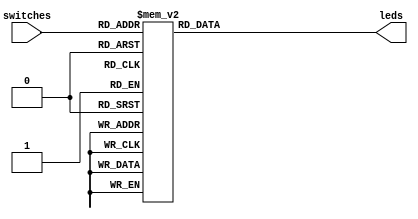
`timescale 1ns / 1ps
//////////////////////////////////////////////////////////////////////////////////
// Company: 
// Engineer: 
// 
// Design Name: 
// Module Name: swt2led
// Project Name: 
// Target Devices: 
// Tool Versions: 
// Description: 
// 
// Dependencies: 
// 
// Revision:
// Revision 0.01 - File Created
// Additional Comments:
// 
//////////////////////////////////////////////////////////////////////////////////

module swt2led(
    output reg [3:0]leds,
    input [3:0] switches
);
    always @(*)
        begin
            case(switches)
                4'b0000 : leds = 4'b0000; //"0"
                4'b0001 : leds = 4'b0001; //"1"
                4'b0010 : leds = 4'b0010; //"2"
                4'b0011 : leds = 4'b0011; //"3"
                4'b0100 : leds = 4'b0100; //"4"
                4'b0101 : leds = 4'b0101; //"5"
                4'b0110 : leds = 4'b0110; //"6"
                4'b0111 : leds = 4'b0111; //"7"
                4'b1000 : leds = 4'b1000; //"8"
                4'b1001 : leds = 4'b1001; //"9"
                default : leds = 4'b0000; //"0"
            endcase
        end
endmodule